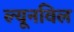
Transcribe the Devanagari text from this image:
ल्यूनविल